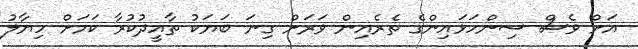
އަށް ވެސް ސިންހަޅައިންގެ ތެރެއިން ވަރަށް ގިނަ ބަޔަކު ތާއީދުުކުރާ ކަމަށް ހިޔާލު